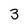
Character: 3